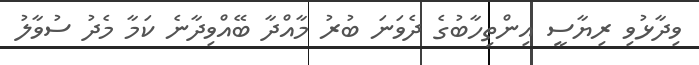
ވިދާޅުވި ރިޔާސީ އިންތިހާބުގެ ދެވަނަ ބުރު މާއްދާ ބޭއްވިދާނެ ކަމާ މެދު ސުވާލު